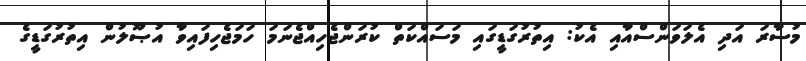
މުސާރަ އަދި އެލަވަންސްއާއި އެކު: އިތުރުގަޑީގައި މަސައްކަތް ކުރަންޖެހިއްޖެނަމަ ހަމަޖެހިފައިވާ އުޞޫލުން އިތުރުގަޑީގެ